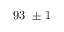
9 3 ~ \pm 1